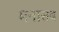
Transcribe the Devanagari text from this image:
मनासब